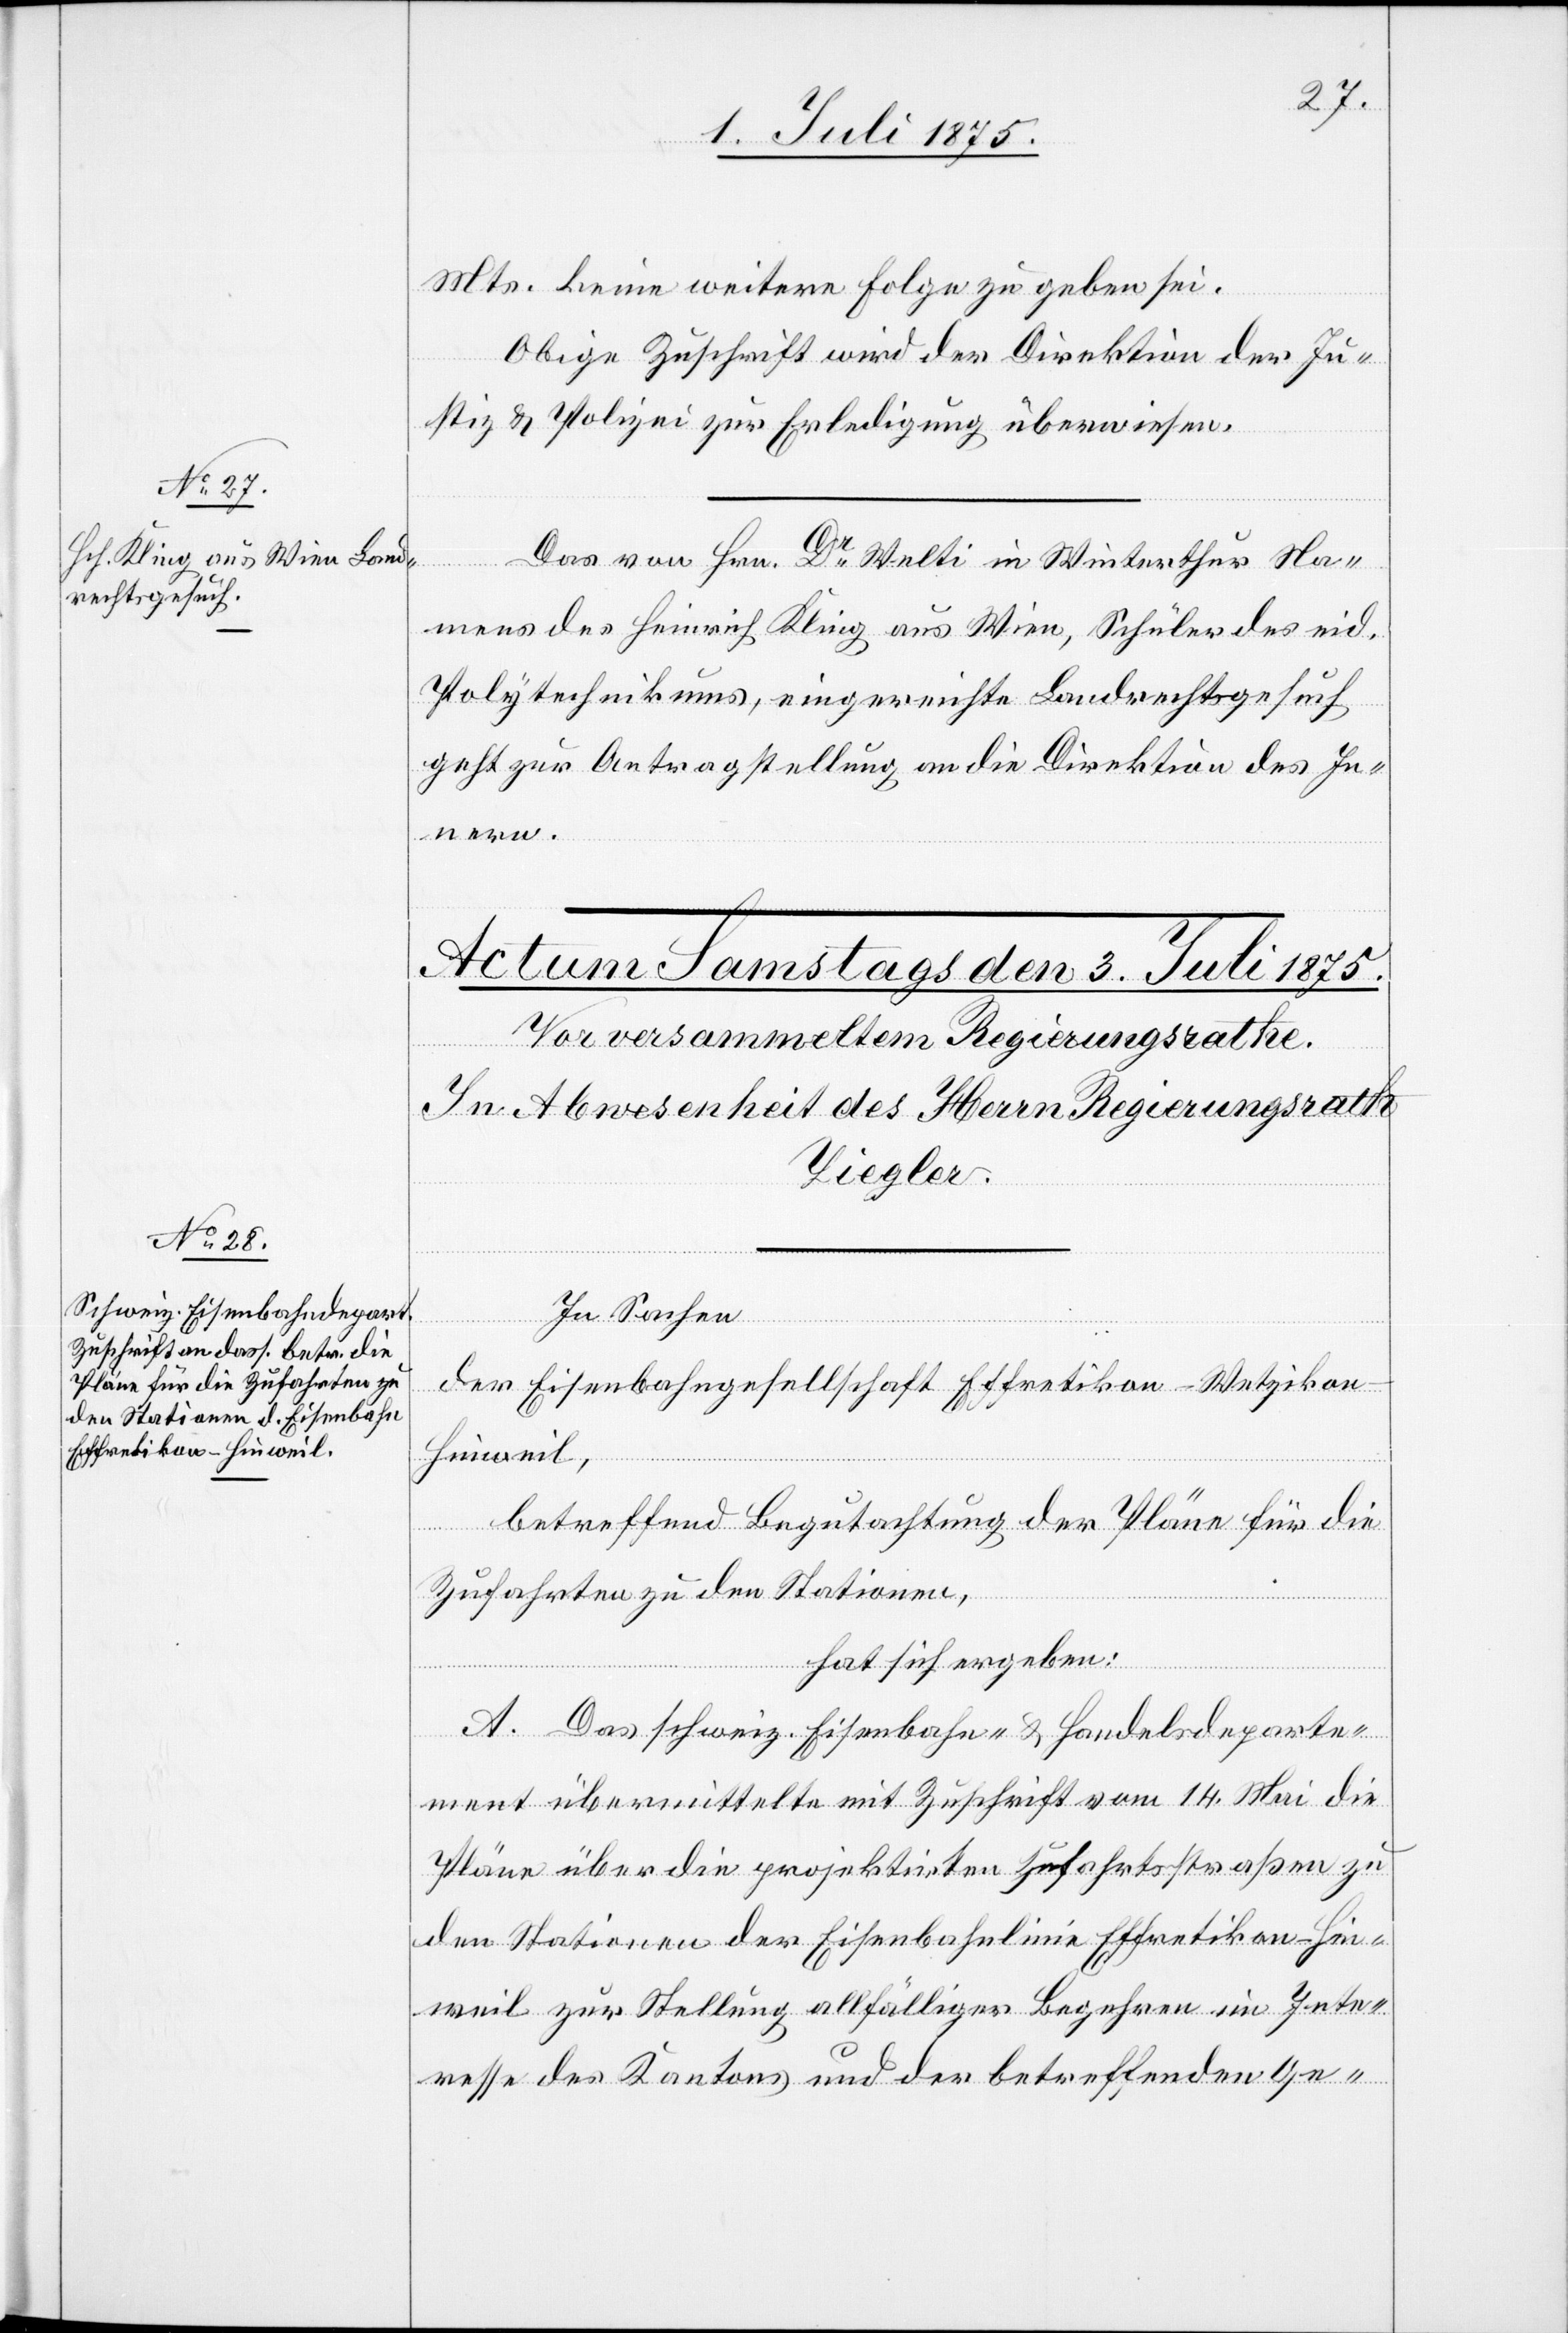
2. Juli 1875.]
Mts. keine weitere Folge zu geben sei.
Obige Zuschrift wird der Direktion der Ju¬
stiz & Polizei zur Erledigung überwiesen.
ügungen
Das von Hrn. Dr Welti in Winterthur Na¬
mens des Heinrich Kling aus Wien, Schüler des eid.
Polytechnikums, eingereichte Landrechtsgesuch,
geht zur Antragstellung an die Direktion des In¬
nern.
In Sachen
der Eisenbahngesellschaft Effretikon–Wetziko¬
n–Hinweil,
betreffend Begutachtung der Pläne für die
Zufahrten zu den Stationen,
hat sich ergeben:
A. Das schweiz. Eisenbahn- & Handelsdeparte¬
ment übermittelte mit Zuschrift vom 14. Mai die
Pläne über die projektirten Zufahrtsstraßen zu
den Stationen der Eisenbahnlinie Effretikon–Hin¬
weil zur Stellung allfälliger Begehren im Inte¬
resse des Kantons und der betreffenden Ge-